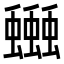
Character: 𧔗